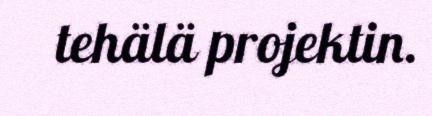
tehälä projektin.